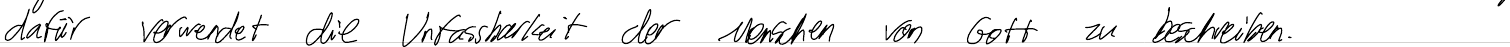
dafür verwendet die Unfassbarkeit der Menschen von Gott zu beschreiben.